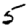
Digit: 5